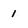
Character: 1